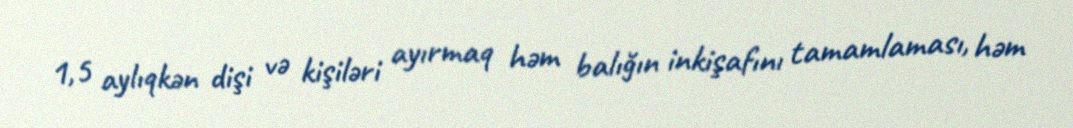
1,5 aylıqkən dişi və kişiləri ayırmaq həm balığın inkişafını tamamlaması, həm